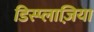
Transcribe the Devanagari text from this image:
डिस्प्लाज़िया